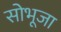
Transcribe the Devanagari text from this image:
सोभूजा